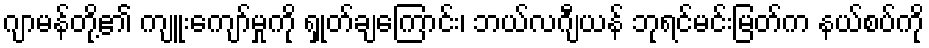
ဂျာမန်တို့၏ ကျူးကျော်မှုကို ရှုတ်ချကြောင်း၊ ဘယ်လဂျီယန် ဘုရင်မင်းမြတ်က နယ်စပ်ကို